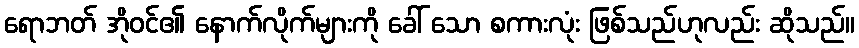
ရောဘတ် အိုဝင်၏ နောက်လိုက်များကို ခေါ် သော စကားလုံး ဖြစ်သည်ဟုလည်း ဆိုသည်။